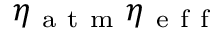
\eta _ { \mathrm { ~ a ~ t ~ m ~ } } \eta _ { \mathrm { ~ e ~ f ~ f ~ } }